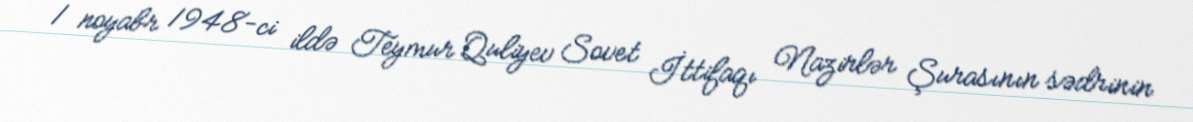
1 noyabr 1948-ci ildə Teymur Quliyev Sovet İttifaqı Nazirlər Şurasının sədrinin